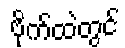
ဗိုက်ထဲတွင်